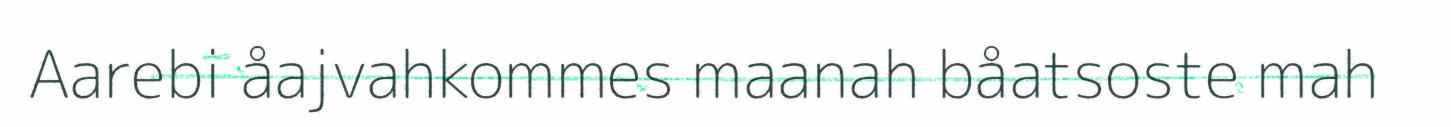
Aarebi åajvahkommes maanah båatsoste mah